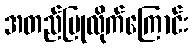
အတည်ပြုလိုက်ကြောင်း